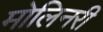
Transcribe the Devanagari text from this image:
मोलिनरी